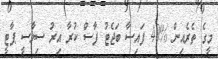
މީގެ ތެރެއިން %40 ފައިސާ ބަޖެޓު ފާސް ކުރާ އިރު ސިޔާސީ ޕާޓީ